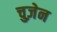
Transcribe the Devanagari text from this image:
चुज़ेन